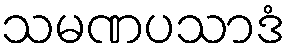
သမဏပသာဒံ